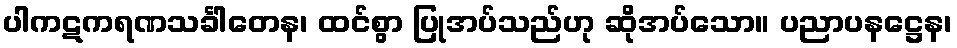
ပါကဋကရဏသင်္ခါတေန၊ ထင်စွာ ပြုအပ်သည်ဟု ဆိုအပ်သော။ ပညာပနဋ္ဌေန၊